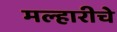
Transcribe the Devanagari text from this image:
मल्हारीचे